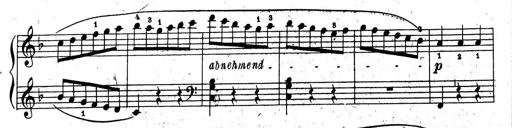
Title: 10 Sonatinas
Composer: Fritz Spindler